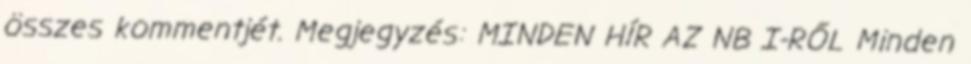
összes kommentjét. Megjegyzés: MINDEN HÍR AZ NB I-RŐL Minden